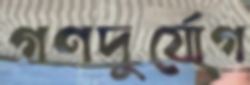
গণদুর্যোগ